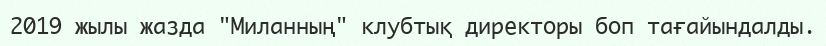
2019 жылы жазда "Миланның" клубтық директоры боп тағайындалды.